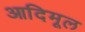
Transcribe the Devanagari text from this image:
आदिमूल